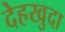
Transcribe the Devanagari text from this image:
देहखुदा